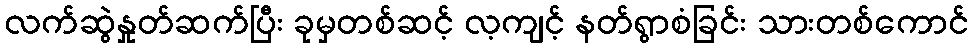
လက်ဆွဲနှုတ်ဆက်ပြီး ခုမှတစ်ဆင့် လ့ကျင့် နတ်ရွာစံခြင်း သားတစ်ကောင်